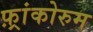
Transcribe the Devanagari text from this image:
फ़्रांकोरुम